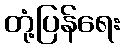
တုံ့ပြန်ရေး